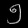
Digit: ၅